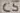
Text: C5